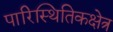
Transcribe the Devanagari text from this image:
पारिस्थितिकक्षेत्र